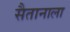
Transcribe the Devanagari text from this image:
सैतानाला